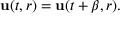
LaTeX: { \bf u } ( t , r ) = { \bf u } ( t + \beta , r ) .